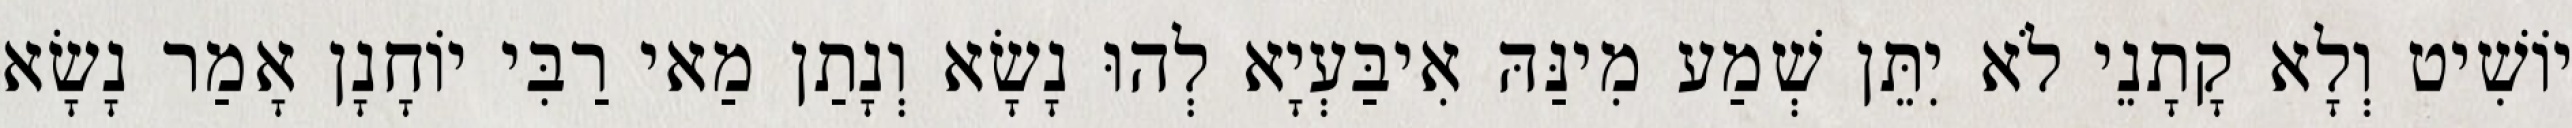
יוֹשִׁיט וְלָא קָתָנֵי לֹא יִתֵּן שְׁמַע מִינַּהּ אִיבַּעְיָא לְהוּ נָשָׂא וְנָתַן מַאי רַבִּי יוֹחָנָן אָמַר נָשָׂא